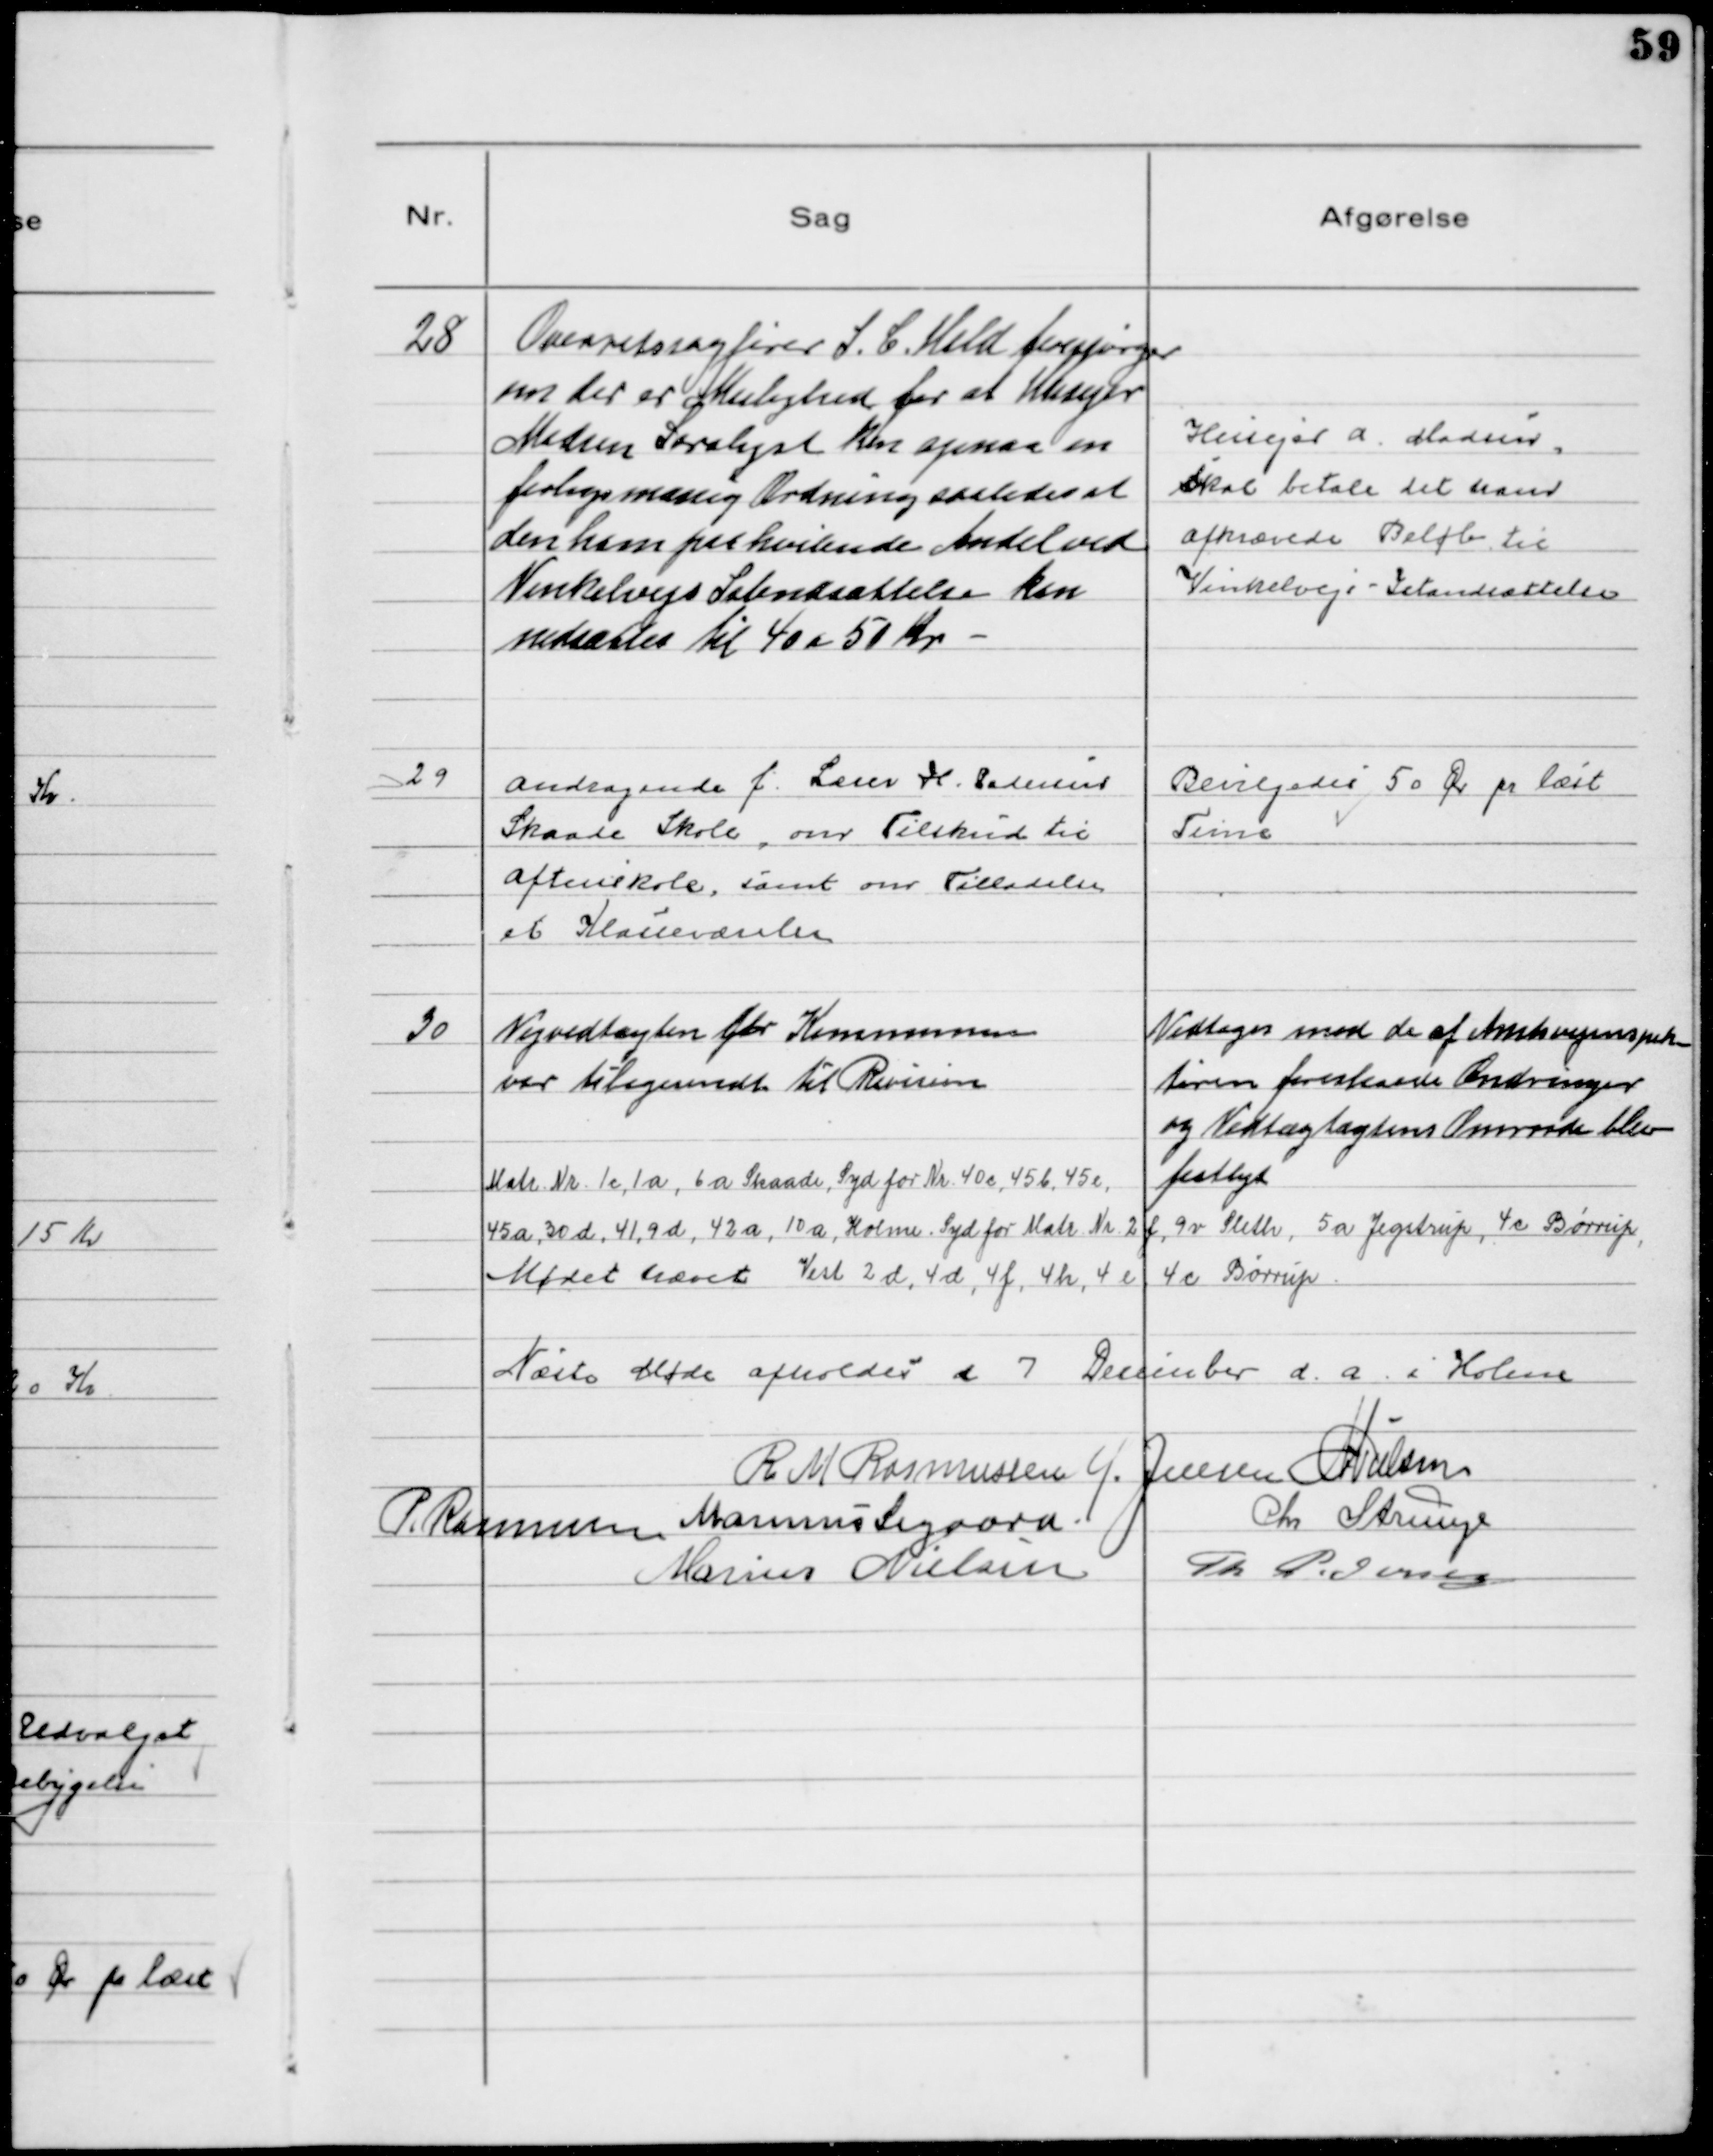
Transskription:
28
Overretssagfører S. C. Held forespørger
om der er Mulighed for at Husejer
Madsen Saralyst kan opnaa en
forligsmæsseig Ordning saaledes at
den ham paahvilende Andel ved
Vinkelvejs Istandsættelse kan
nedsættes til 40 a 50 Kr

Husejer A. Madsen
skal betale det ham
afkrævede Beløb til
Vinkelvejs Istandsættelse

29
Andragende f. Lærer H. Pedersen
Skaade Skole, om Tilskud til
Aftenskole, samt om Tilladelse
et Klasseværelse

Bevilgedes 50 Øre pr læst
Time

30
Vejvedtægten for Kommunen
var tilbagesendt til Revision

Vedtoges med de af Amtsvejinspek
tøren foreslaaede Ændringer
og Vedtægtens Omraade blev
fastlagt

Matr. Nr. 1c, 1a, 6a Skaade, Syd for Nr. 40c, 45b, 45c,
45a, 30d, 41, 9d, 42a, 10a, Holme Syd for Matr. Nr. 2f, 9v Sleth, 5a Jegstrup, 4c Børrup,
Vest 2d, 4d, 4f, 4h, 4e, 4c Børrup

Mødet hævet

Næste Møde afholdes d 7 December d.a. i Holme
R M Rasmussen M Jensen NNielsen
P. Rasmussen Marinus Sigaard
Chr Strunge
Marius Nielsen Th Pedersen